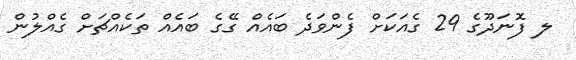
ލ ފޮނަދޫގެ 29 ގެއަކަށް ފެންވަދެ ބައެއް ގޭގެ ބައެއް ތަކެއްޗަށް ގެއްލުން